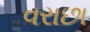
વરાછા